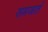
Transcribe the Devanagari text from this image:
समजतं